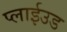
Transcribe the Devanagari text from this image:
प्लाईउड